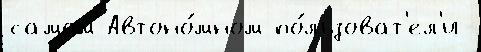
самом Автоно́мном по́льзоват'ел'и